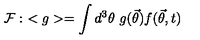
{ \cal { F } } : \ < g > = \int d ^ { 3 } \theta \ g ( { \vec { \theta } } ) f ( { \vec { \theta } } , t ) \,